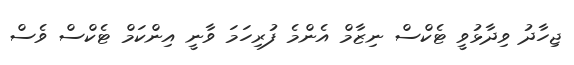
ޖިހާދު ވިދާޅުވީ ޓެކްސް ނިޒާމް އެންމެ ފުރިހަމަ ވާނީ އިންކަމް ޓެކްސް ވެސް